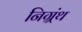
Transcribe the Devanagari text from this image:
निग्र्रंथ